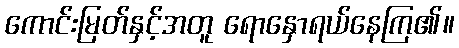
ကောင်းမြတ်နှင့်အတူ ရောနှောရယ်နေကြ၏။